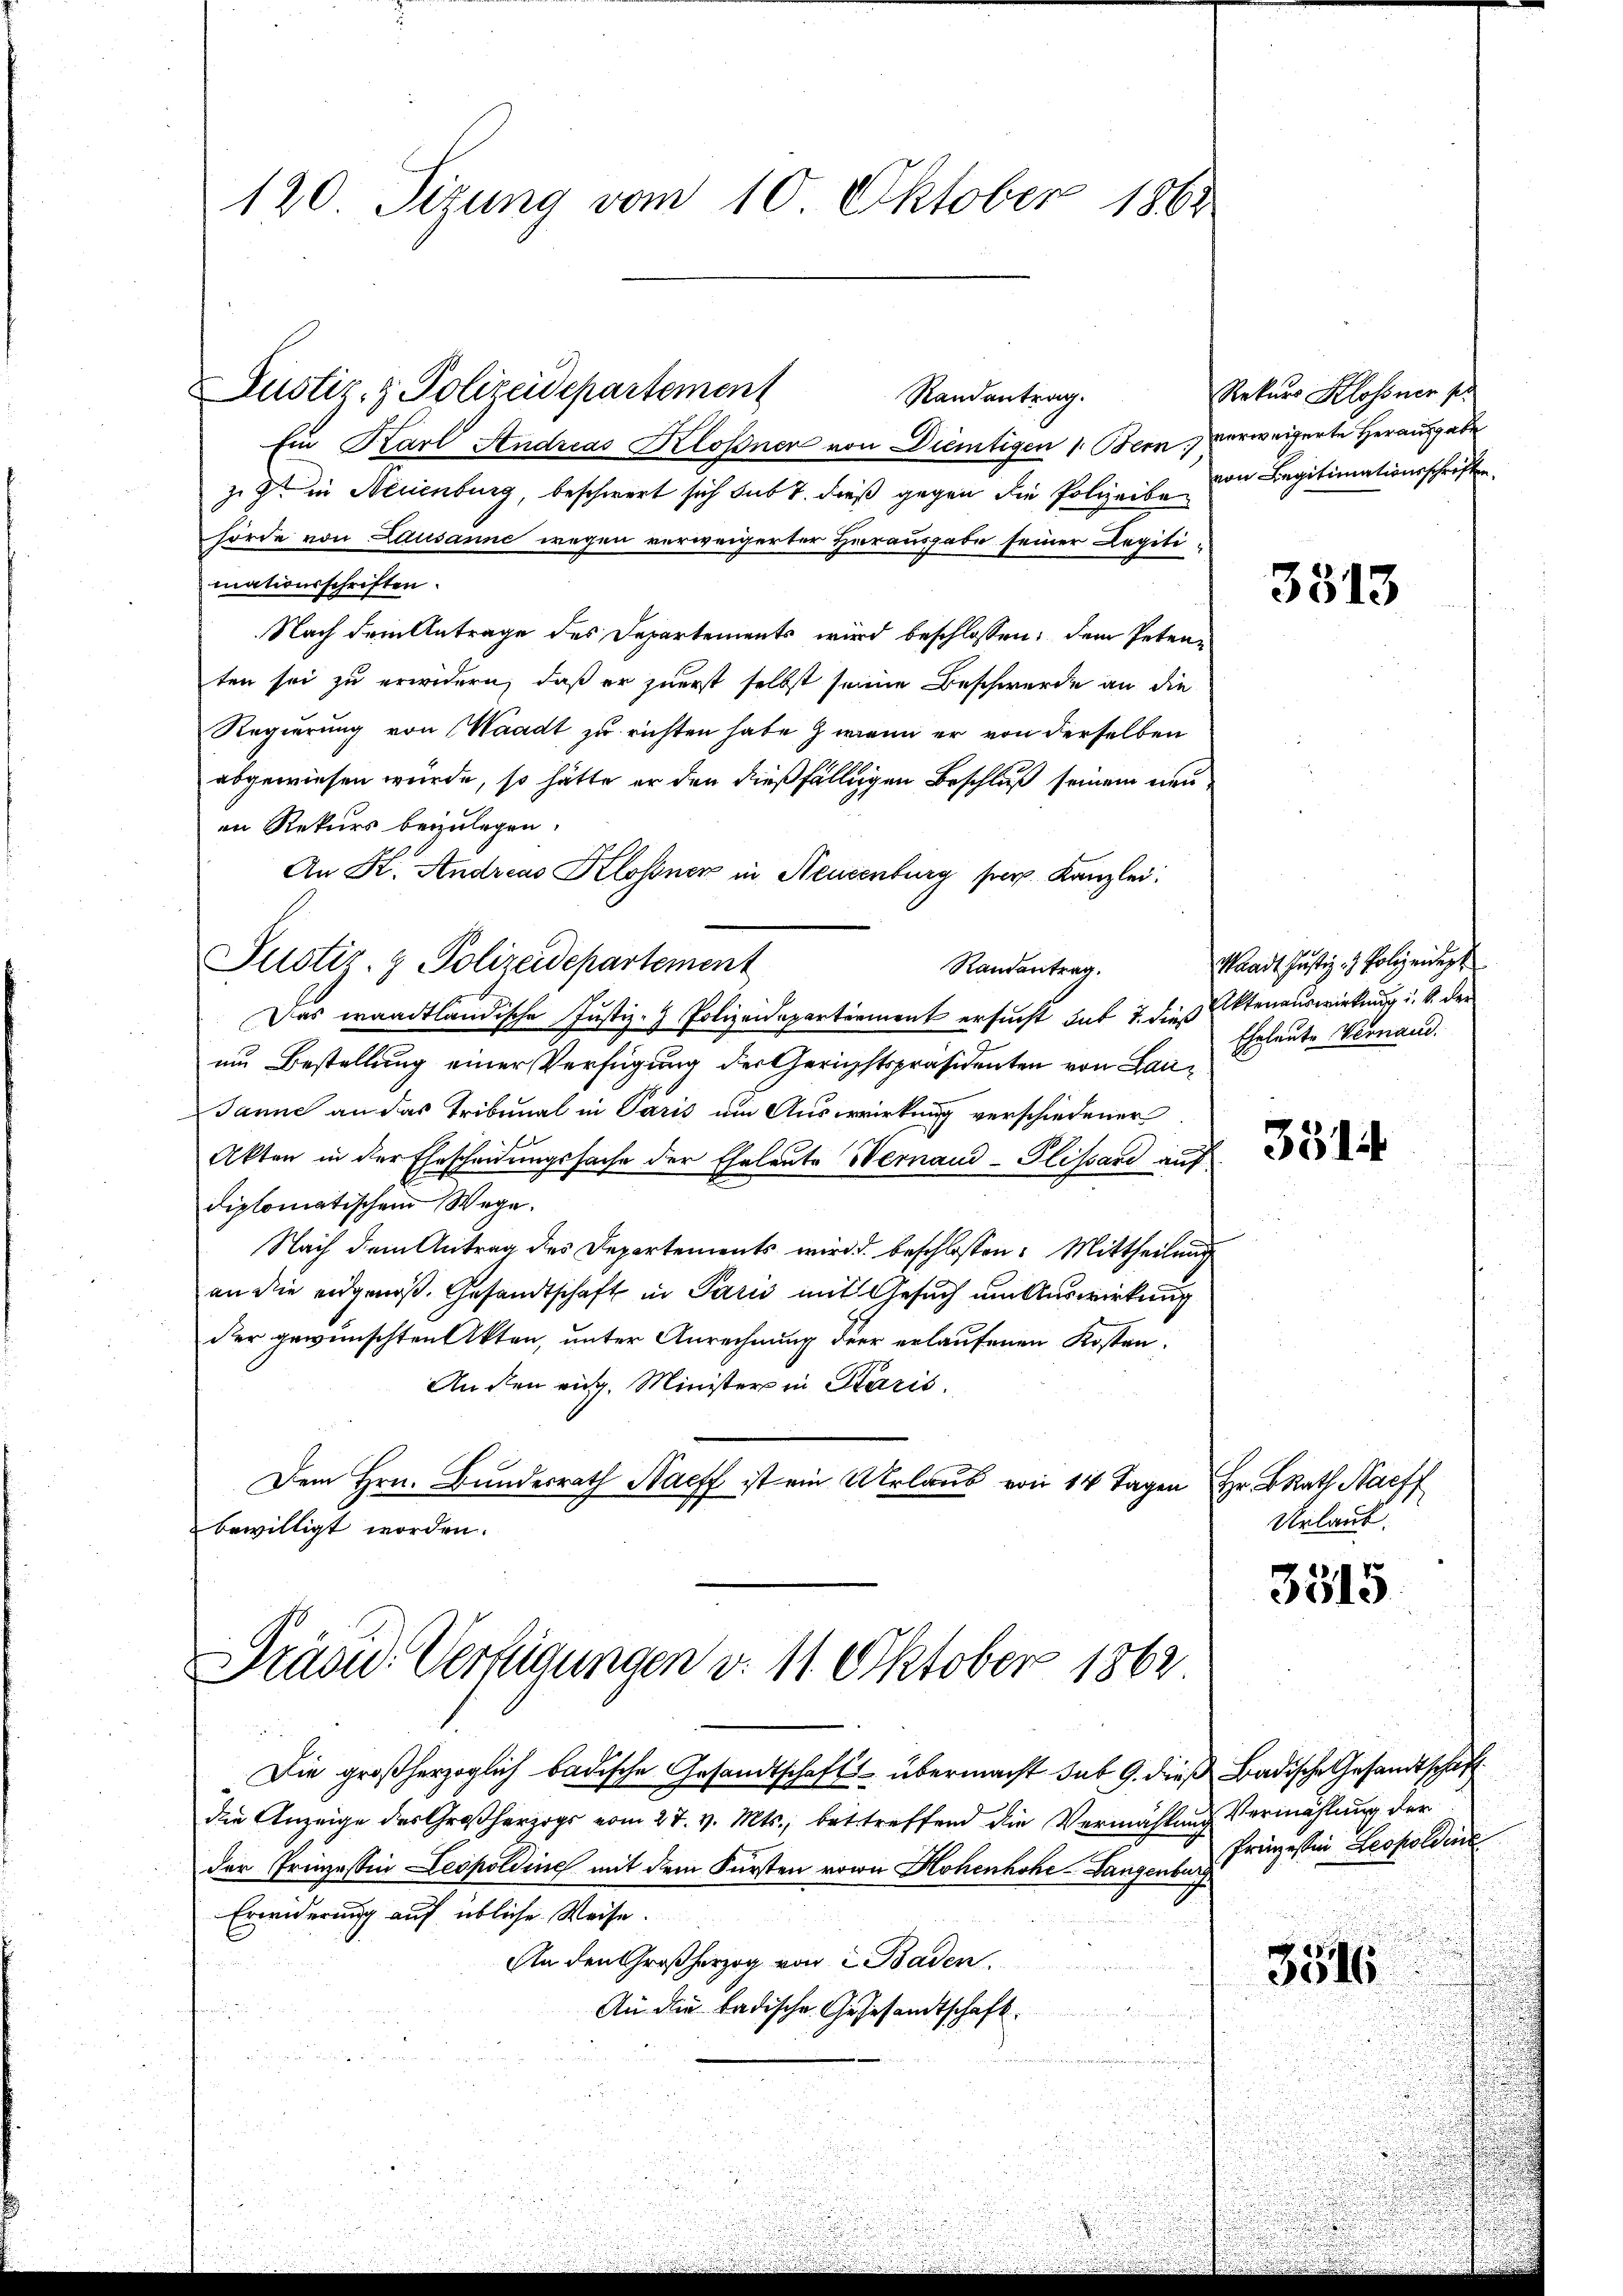
120. Sizung vom 10. Oktober 1864

Justiz- & Polizeidepartement
Randantrag.
Ein Karl Andreas Klossnen von Dientigen 1. Bern verweigerte Herausgabe
zig in Neuenburg, beschwert sich sub 7. dieß gegen die Polizeibehörde von Lausanne wegen verweigerter Herausgabe seiner Legitimationsschriften.
Nach dem Antrage des Departements wird beschlossen; dem Petenten sei zu erwidern, daß er zuerst selbst seine Beschwerde an die
Regierung von Waadt zu richten habe) wenn er von derselben
abgewiesen würde, so hätte er den dießfälligen Beschluß seinem neuen Rekurs beizulegen.
An K. Andreas Klossner in Neuenburg per Kanzlei:
Pustiz- & Polizeidepartement
Randantrag.
Das waadtländische Justiz- & Polizeidepartement ersucht hab 7. die Aktenauswirkung u. s. der
um Bestellung einer Verfügung der Gerichtspräsidenten von Lau¬
Janne an das Tribunal in Paris um Auswirkung verschiedener
Akten in der Ehescheidungssache der Eheleute Wernaud-Plissard auf
diplomatischem Wege.
Nach dem Antrag des Departements wird beschlossen: Mittheilung
an die eidgenoß. Gesandtschaft in Paris mit Gesuch um Auswirkung
der gewünschten Akten, unter Anrechnung der erlaufenen Kosten.
Anden eidg. Ministers in Karis.
Dem Hrn. Bundesrath Harff ist ein Urlaub von 14 Tagen Hr. BRat Neff
bewilligt worden.

Präsid. Verfügungen v. 11. Oktober 1862

Die großherzoglich badische Gesandtschaft übermacht sub. 9. dieß Badische Gesandtschaft
die Anzeige des Großherzogs vom 27. v. Mts., betreffend die Vermählung Vermählung der
der Prinzessin Leopoldine mit dem Fürsten von Hohenhöhe-Langenburg
Eronderung auf übliche Weise.
An den Großherzog von 2 Baden.
An die Ladische Gesesandtschaft.

Rekurs Klossner pr
von Legitimationsschriften.

3513

Waadt Justiz- & Polizeidig
Eheleute Vernand.

3514

Urlaub.

3515

Prägestin Leopoldine
3516